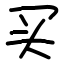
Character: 买